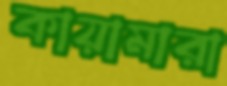
কায়ামারা